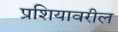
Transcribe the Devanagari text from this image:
प्रशियावरील